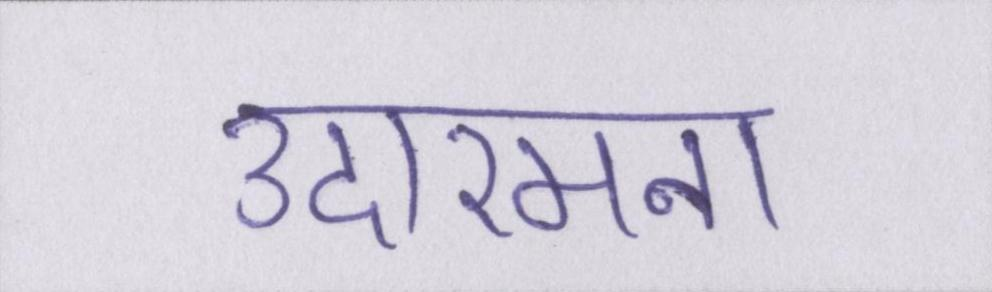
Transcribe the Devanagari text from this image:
उदारमना